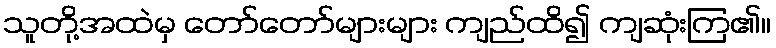
သူတို့အထဲမှ တော်တော်များများ ကျည်ထိ၍ ကျဆုံးကြ၏။